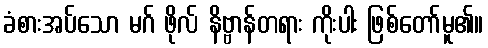
ခံစားအပ်သော မဂ် ဖိုလ် နိဗ္ဗာန်တရား ကိုးပါး ဖြစ်တော်မူ၏။